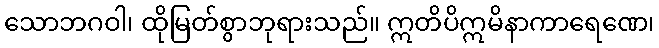
သောဘဂဝါ၊ ထိုမြတ်စွာဘုရားသည်။ ဣတိပိဣမိနာကာရေဏေ၊